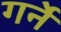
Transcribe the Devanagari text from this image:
गर्ने